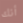
أنك